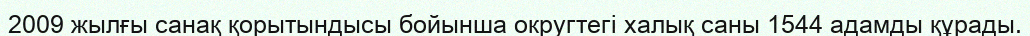
2009 жылғы санақ қорытындысы бойынша округтегі халық саны 1544 адамды құрады.